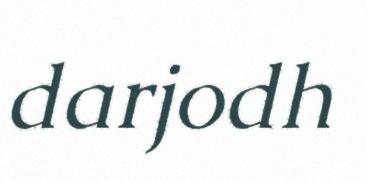
darjodh